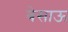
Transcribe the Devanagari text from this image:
बेसाऊ